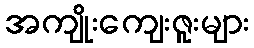
အကျိုးကျေးဇူးများ